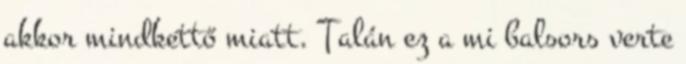
akkor mindkettő miatt. Talán ez a mi balsors verte